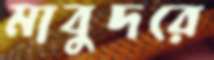
মাবুদরে